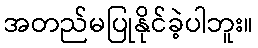
အတည်မပြုနိုင်ခဲ့ပါဘူး။